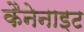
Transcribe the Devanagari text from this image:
कैनेनाइट